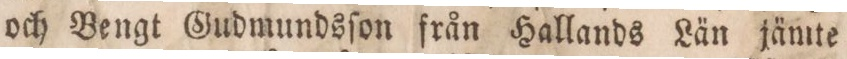
och Bengt Gudmundsſon från Hallands Län jämte